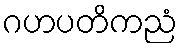
ဂဟပတိကညံ